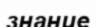
знание